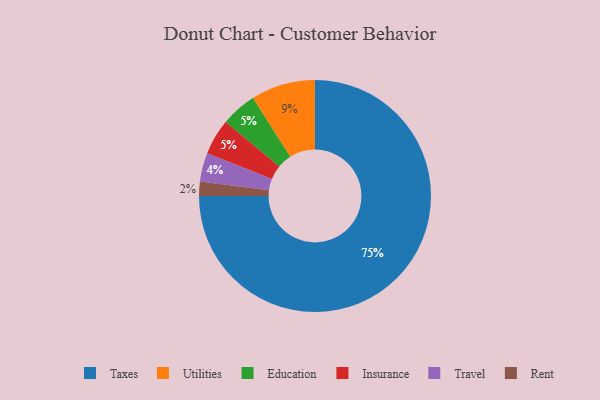
{"axis": {"x": "Category", "y": "Percentage"}, "legend": ["Education", "Insurance", "Rent", "Taxes", "Travel", "Utilities"], "data": [{"x": "Education", "y": 5, "type": "Education"}, {"x": "Utilities", "y": 9, "type": "Utilities"}, {"x": "Taxes", "y": 75, "type": "Taxes"}, {"x": "Insurance", "y": 5, "type": "Insurance"}, {"x": "Rent", "y": 2, "type": "Rent"}, {"x": "Travel", "y": 4, "type": "Travel"}]}